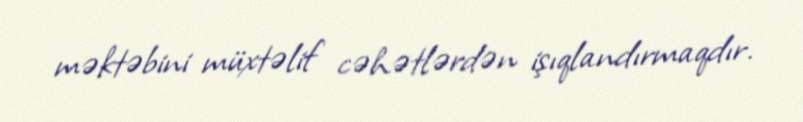
məktəbini müxtəlif cəhətlərdən işıqlandırmaqdır.